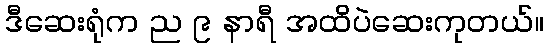
ဒီဆေးရုံက ည ၉ နာရီ အထိပဲဆေးကုတယ်။